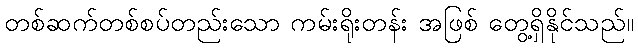
တစ်ဆက်တစ်စပ်တည်းသော ကမ်းရိုးတန်း အဖြစ် တွေ့ရှိနိုင်သည်။